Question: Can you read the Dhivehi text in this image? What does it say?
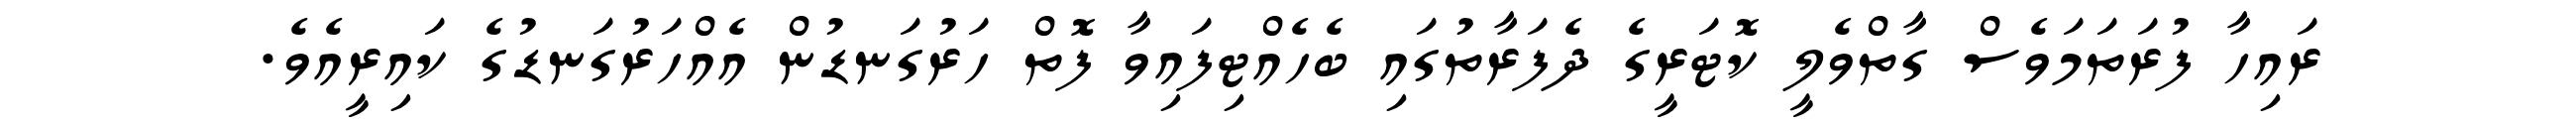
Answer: ރައިހާ ފުރަތަމަވެސް ގާތްވެލީ ކޮޓަރީގެ ދެފަރާތުގައި ބެހެއްޓިފައިވާ ފޮތް ހަރުގަނޑުން އެއްހަރުގަނޑުގެ ކައިރީއެވެ.